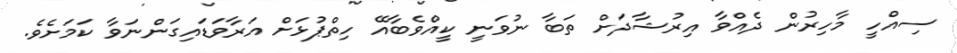
ސިއްހީ މާހިރުން ދެއްވާ އިރުޝާދަށް ތަބާ ނުވަނީ ކީއްވެބާއޭ ހިތްޕުޅަށް އަރާވަޑައިގަންނަވާ ކަމަށެވެ.